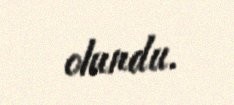
olundu.